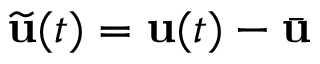
\widetilde { \mathbf { u } } ( t ) = \mathbf { u } ( t ) - \bar { \mathbf { u } }